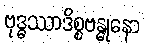
ဗုဒ္ဓဿာဒိစ္စဗန္ဓုနော